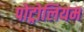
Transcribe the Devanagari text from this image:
पोट्रोलियम